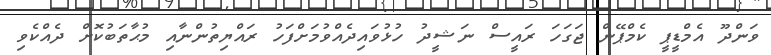
ވަންދޫ އެމްޑީޕީ ކެމްޕޭން ޖަގަހަ ރައީސް ނަޝީދު ހުޅުވައިދެއްވުމަށްފަހު ރައްޔިތުންނާއި މުޙާތަބުކޮށް ދެއްކެވި